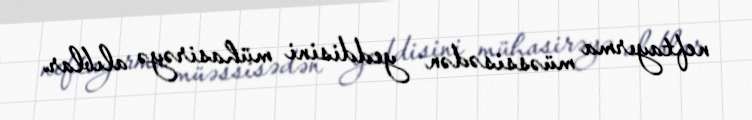
neftayırma müəssisədən yeddisini mühasirəyə alıblar.